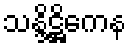
သန္ဒိဋ္ဌိကေန